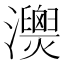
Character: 𤄚